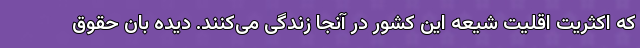
که اکثریت اقلیت شیعه این کشور در آنجا زندگی می‌کنند. دیده بان حقوق